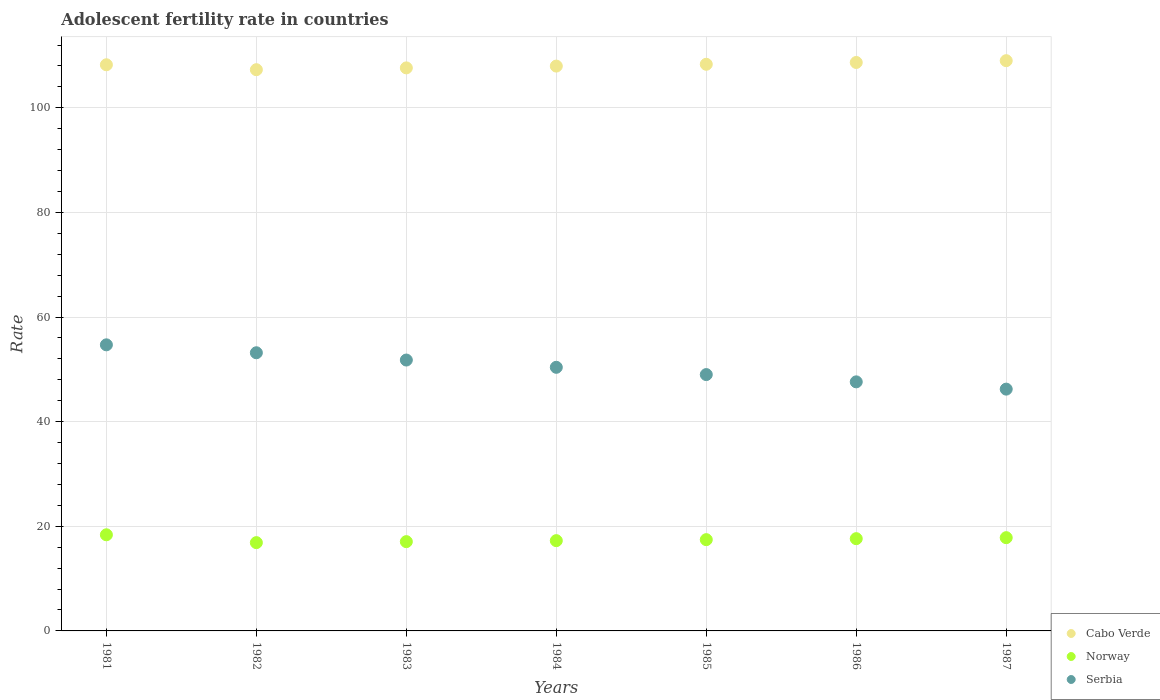
| Years | Cabo Verde | Norway | Serbia |
 | --- | --- | --- | --- |
 | 1981 | 108 | 18.4 | 54.7 |
 | 1982 | 107 | 16.9 | 53.2 |
 | 1983 | 108 | 17.1 | 51.8 |
 | 1984 | 108 | 17.3 | 50.4 |
 | 1985 | 108 | 17.4 | 49 |
 | 1986 | 109 | 17.6 | 47.6 |
 | 1987 | 109 | 17.8 | 46.2 |